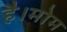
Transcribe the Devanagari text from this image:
है।मोम